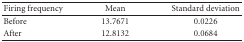
<table><thead><tr><td><b>Firing frequency</b></td><td><b>Mean</b></td><td><b>Standard deviation</b></td></tr></thead><tbody><tr><td>Before</td><td>13.7671</td><td>0.0226</td></tr><tr><td>After</td><td>12.8132</td><td>0.0684</td></tr></tbody></table>